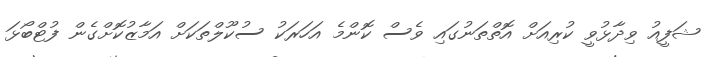
ޝަފީއު ވިދާޅުވީ ކުރިއަށް އޮތްތަނުގައި ވެސް ކޮންމެ އަހަރަކު ސުކޫލްތަކަށް އަމާޒުކޮށްގެން ފުޓްބޯޅަ